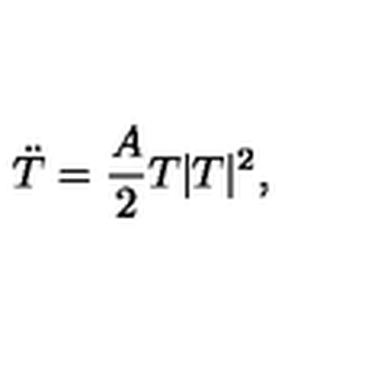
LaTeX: \ddot { T } = \frac { A } { 2 } T | T | ^ { 2 } ,